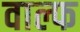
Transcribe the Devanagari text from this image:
वाल्फ